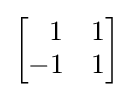
{\begin{bmatrix}\;\;\,1&1\\-1&1\end{bmatrix}}